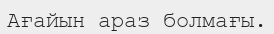
Ағайын араз болмағы.